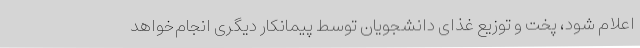
اعلام شود، پخت و توزیع غذای دانشجویان توسط پیمانکار دیگری انجام‌خواهد